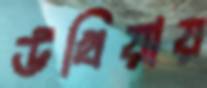
উখিয়ায়